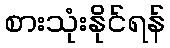
စားသုံးနိုင်ရန်